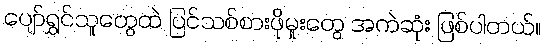
ပျော်ရွှင်သူတွေထဲ ပြင်သစ်စားဖိုမှုးတွေ အကဲဆုံး ဖြစ်ပါတယ်။